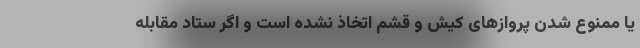
یا ممنوع شدن پرواز‌های کیش و قشم اتخاذ نشده است و اگر ستاد مقابله